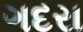
ગદરા